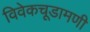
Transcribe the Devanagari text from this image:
विवेकचूडामणी